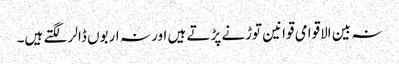
نہ بین الاقوامی قوانین توڑنے پڑتے ہیں اور نہ اربوں ڈالر لگتے ہیں۔